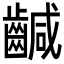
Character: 䶢